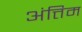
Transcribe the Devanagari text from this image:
अंत्तिम